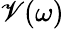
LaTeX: \mathscr{V}(\omega)